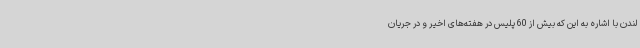
لندن با اشاره به این که بیش از 60 پلیس در هفته‌های اخیر و در جریان